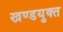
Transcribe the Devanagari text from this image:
खण्डयुक्त